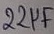
Text: 22µF